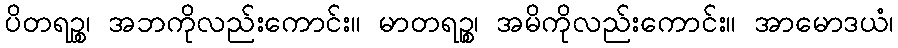
ပိတရဉ္စ၊ အဘကိုလည်းကောင်း။ မာတရဉ္စ၊ အမိကိုလည်းကောင်း။ အာမောဒယံ၊